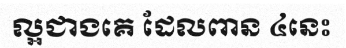
ល្អជាងគេ ដែលពាន ៤នេះ